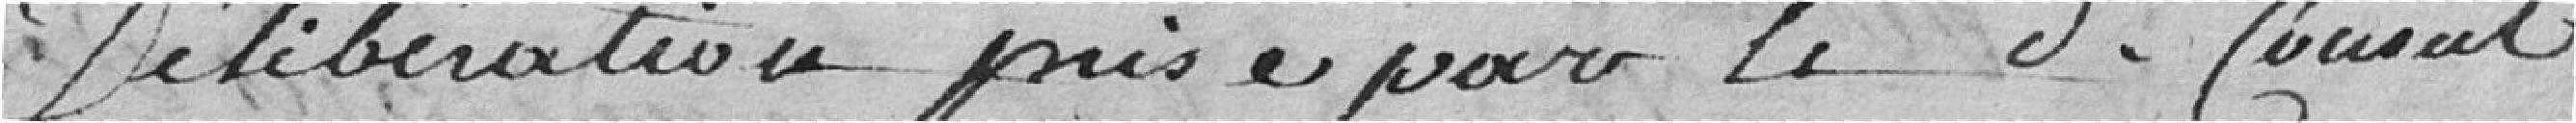
délibération pris par ledit conseil